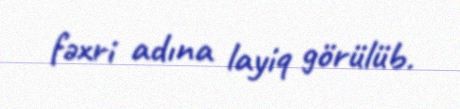
fəxri adına layiq görülüb.